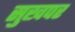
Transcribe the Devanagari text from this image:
सुखपर